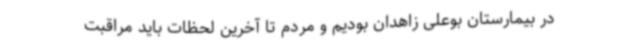
در بیمارستان بوعلی زاهدان بودیم و مردم تا آخرین لحظات باید مراقبت